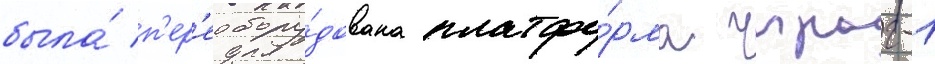
была́ п'ер'еобору́дована платфо́рма чыраг-1